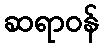
ဆရာဝန်